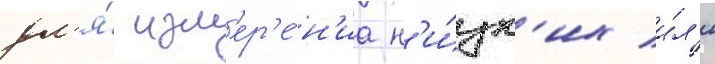
дл'я́ изм'ер'е́н'иа н'и́зк'их и́л'и